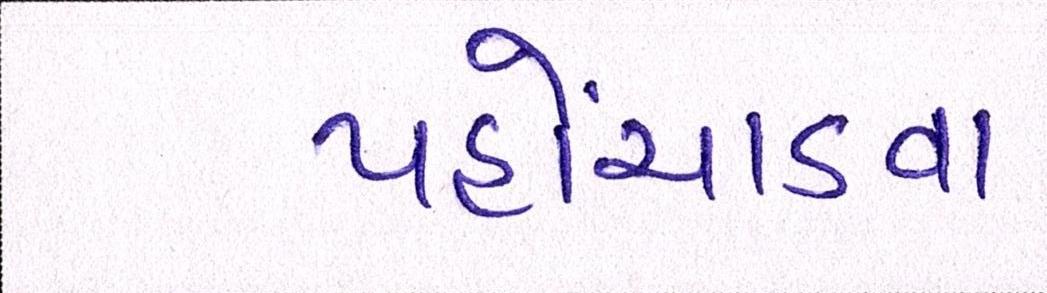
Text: પહોંચાડવા